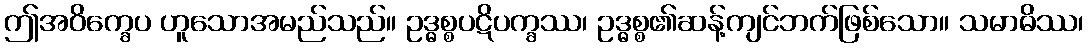
ဤအဝိက္ခေပ ဟူသောအမည်သည်။ ဥဒ္ဓစ္စပဋိပက္ခဿ၊ ဥဒ္ဓစ္စ၏ဆန့်ကျင်ဘက်ဖြစ်သော။ သမာဓိဿ၊